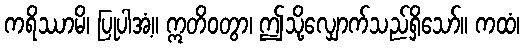
ကရိဿာမိ၊ ပြုပါအံ့။ ဣတိဝတွာ၊ ဤသို့လျှောက်သည်ရှိသော်။ ကထံ၊